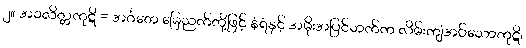
၂။ အဝလိတ္တကုဋိ = အင်္ဂတေ မြေညက်တို့ဖြင့် နံရံနှင့် အမိုးအပြင်ဘက်က လိမ်းကျံအပ်သောကုဋိ၊